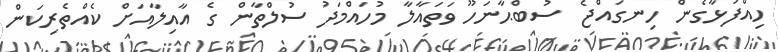
ހިއްފަޅާގެން ހިނގައްޖެ  ސުބްޙާނަހޫ ވަތައާލާ މުހައްމަދު ސުލްތާން ގެ އާއިލާއަށް ކެއްތެރިކަން